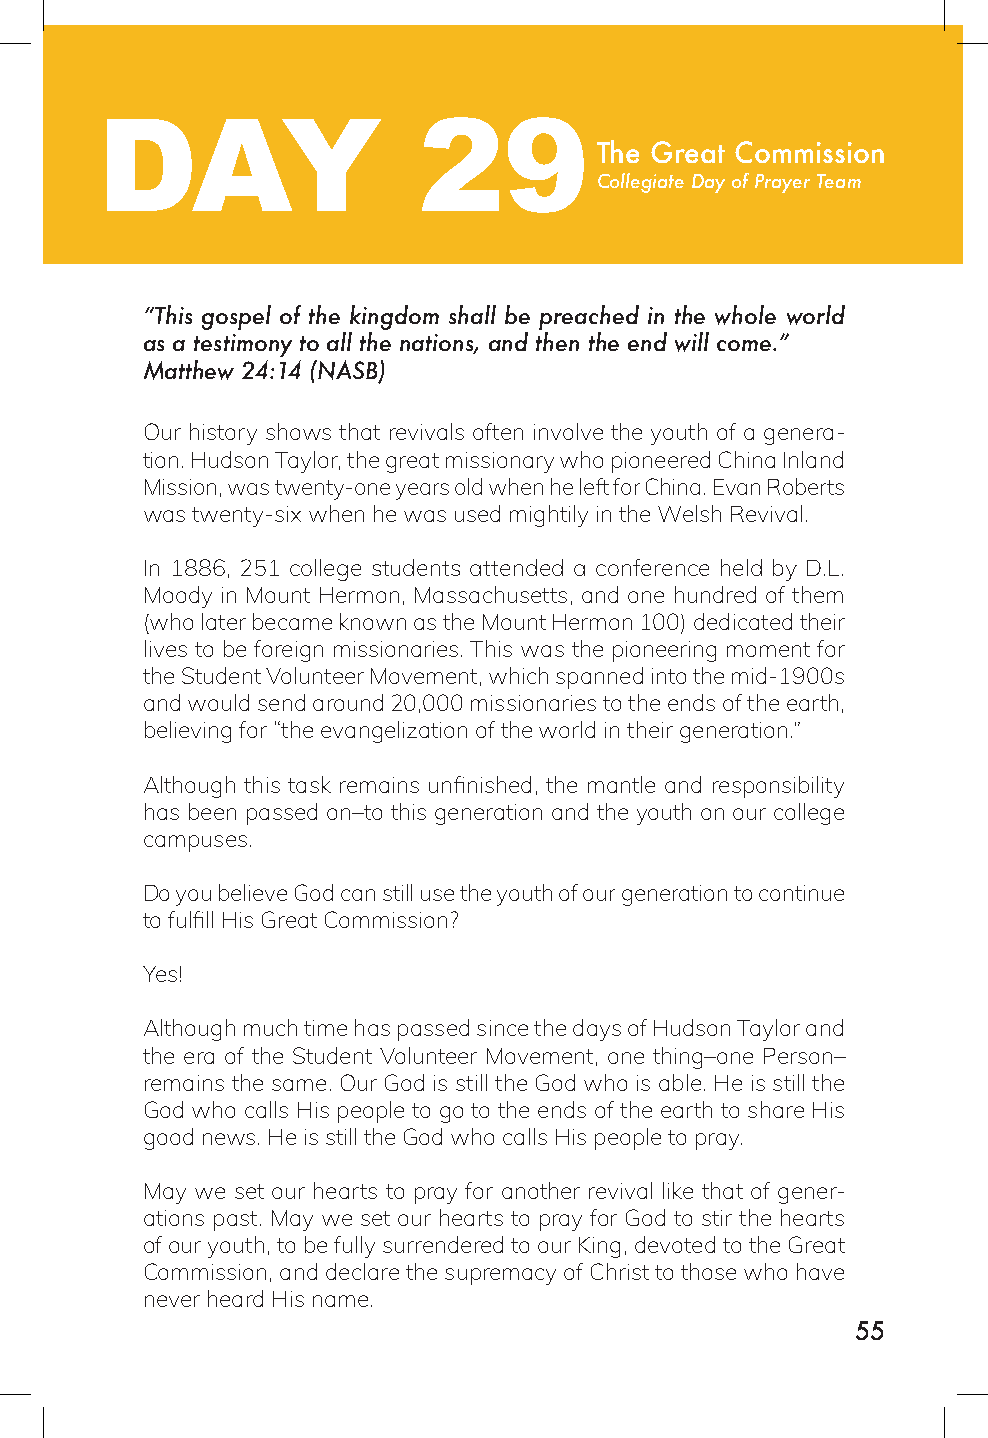
DAY                   29
 The Great Commission
 Collegiate Day of Prayer Team
 “This gospel of the kingdom shall be preached in the whole world
 as a testimony to all the nations, and then the end will come.”
 Matthew 24:14 (NASB)
 Our history shows that revivals often involve the youth of a genera-
 tion. Hudson Taylor, the great missionary who pioneered China Inland
 Mission, was twenty-one years old when he left for China. Evan Roberts
 was twenty-six when he was used mightily in the Welsh Revival.
 In 1886, 251 college students attended a conference held by D.L.
 Moody in Mount Hermon, Massachusetts, and one hundred of them
 (who later became known as the Mount Hermon 100) dedicated their
 lives to be foreign missionaries. This was the pioneering moment for
 the Student Volunteer Movement, which spanned into the mid-1900s
 and would send around 20,000 missionaries to the ends of the earth,
 believing for “the evangelization of the world in their generation.”
 Although this task remains unfinished, the mantle and responsibility
 has been passed on–to this generation and the youth on our college
 campuses.
 Do you believe God can still use the youth of our generation to continue
 to fulfill His Great Commission?
 Yes!
 Although much time has passed since the days of Hudson Taylor and
 the era of the Student Volunteer Movement, one thing–one Person–
 remains the same. Our God is still the God who is able. He is still the
 God who calls His people to go to the ends of the earth to share His
 good news. He is still the God who calls His people to pray.
 May we set our hearts to pray for another revival like that of gener-
 ations past. May we set our hearts to pray for God to stir the hearts
 of our youth, to be fully surrendered to our King, devoted to the Great
 Commission, and declare the supremacy of Christ to those who have
 never heard His name.
 55